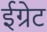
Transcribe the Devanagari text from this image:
ईग्रेट